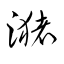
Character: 潴